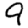
Digit: 9